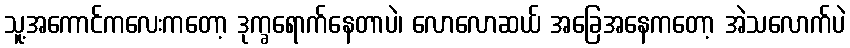
သူ့အကောင်ကလေးကတော့ ဒုက္ခရောက်နေတာပဲ၊ လောလောဆယ် အခြေအနေကတော့ အဲသလောက်ပဲ